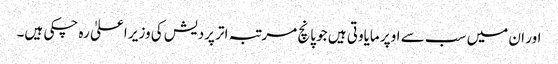
اور ان میں سب سے اوپر مایاوتی ہیں جو پانچ مرتبہ اتر پردیش کی وزیر اعلیٰ رہ چکی ہیں۔